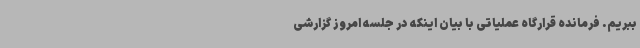
ببریم. فرمانده قرارگاه عملیاتی با بیان اینکه در جلسه امروز گزارشی